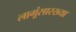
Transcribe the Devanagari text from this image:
लागूंसारख्या